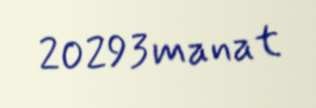
20293 manat